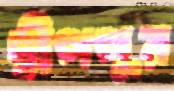
দ্বীপপুর